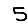
Digit: 5